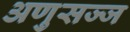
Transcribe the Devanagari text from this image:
अणुसज्ज